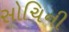
સોચિની